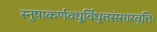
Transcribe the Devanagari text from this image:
स्नुषाकर्णवधूर्विधूतसंसारवृत्तिः